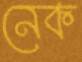
নেক